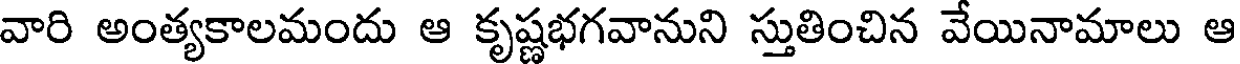
వారి అంత్యకాలమందు ఆ కృష్ణభగవానుని స్తుతించిన వేయినామాలు ఆ